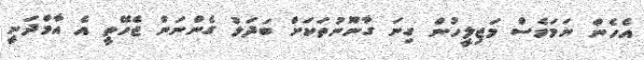
އެހެން ނަމަވެސް މަޖިލީހުން ގިނަ ގާނޫނުތަކަށް ބަދަލު ގެންނަން ޖެހޭތީ އެ އާމްދަނީ